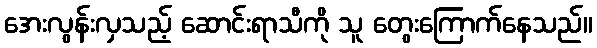
အေးလွန်းလှသည့် ဆောင်းရာသီကို သူ တွေးကြောက်နေသည်။